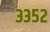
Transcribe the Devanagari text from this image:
३३५२